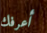
أعرفك